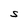
Character: S